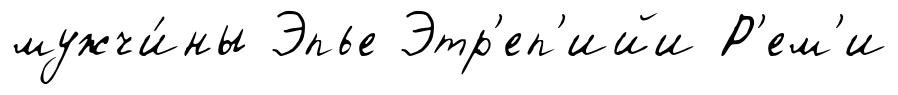
мужчи́ны Эпье Этр'еп'ийи Р'ем'и